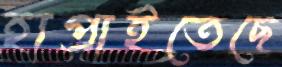
হাপ্‌রাইতেছে